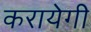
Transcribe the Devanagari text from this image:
करायेगी